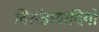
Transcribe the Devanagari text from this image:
वितंडावादियों